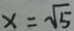
x = \sqrt { 5 }